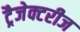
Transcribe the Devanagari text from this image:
ट्रैजेक्टरीज